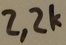
Text: 2,2K